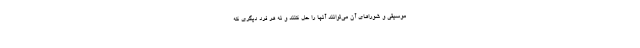
موسیقی و شوراهای آن می‌توانند آنها را حل کنند و نه هر فرد دیگری که